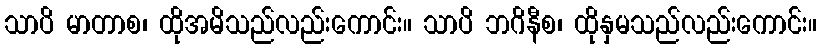
သာပိ မာတာစ၊ ထိုအမိသည်လည်းကောင်း။ သာပိ ဘဂိနီစ၊ ထိုနှမသည်လည်းကောင်း။